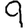
Digit: 9